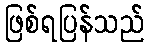
ဖြစ်ရပြန်သည်